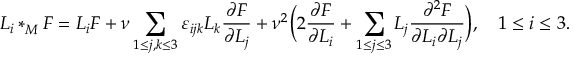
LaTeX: L _ { i } \ast _ { M } ^ { } F = L _ { i } F + \nu \sum _ { 1 \leq j , k \leq 3 } \varepsilon _ { i j k } L _ { k } { \frac { \partial F } { \partial L _ { j } } } + \nu ^ { 2 } \Bigl ( 2 { \frac { \partial F } { \partial L _ { i } } } + \sum _ { 1 \leq j \leq 3 } L _ { j } { \frac { \partial ^ { 2 } F } { \partial L _ { i } \partial L _ { j } } } \Bigr ) , \quad 1 \leq i \leq 3 .